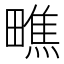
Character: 𪽢